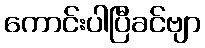
ကောင်းပါပြီခင်ဗျာ